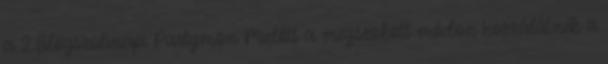
a 2.Blogszülinapi Partymon Mielőtt a megszokott módon hozzálátnék a